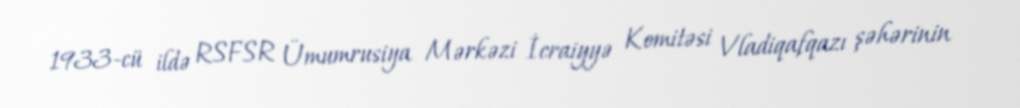
1933-cü ildə RSFSR Ümumrusiya Mərkəzi İcraiyyə Komitəsi Vladiqafqazı şəhərinin